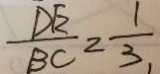
\frac { D E } { B C } = \frac { 1 } { 3 } .